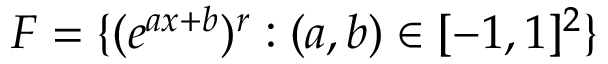
F = \{ ( e ^ { a x + b } ) ^ { r } : ( a , b ) \in [ - 1 , 1 ] ^ { 2 } \}